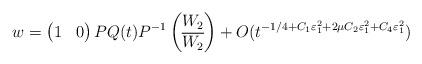
LaTeX: \begin{align*} w = \begin{pmatrix} 1 & 0 \end{pmatrix} P Q(t) P^{-1} \begin{pmatrix}W_2 \\\overline{W_2}\end{pmatrix} + O(t^{-1/4 + C_1 \varepsilon^2_1 + 2\mu C_2 \varepsilon^2_1 + C_4 \varepsilon_1^2})\end{align*}